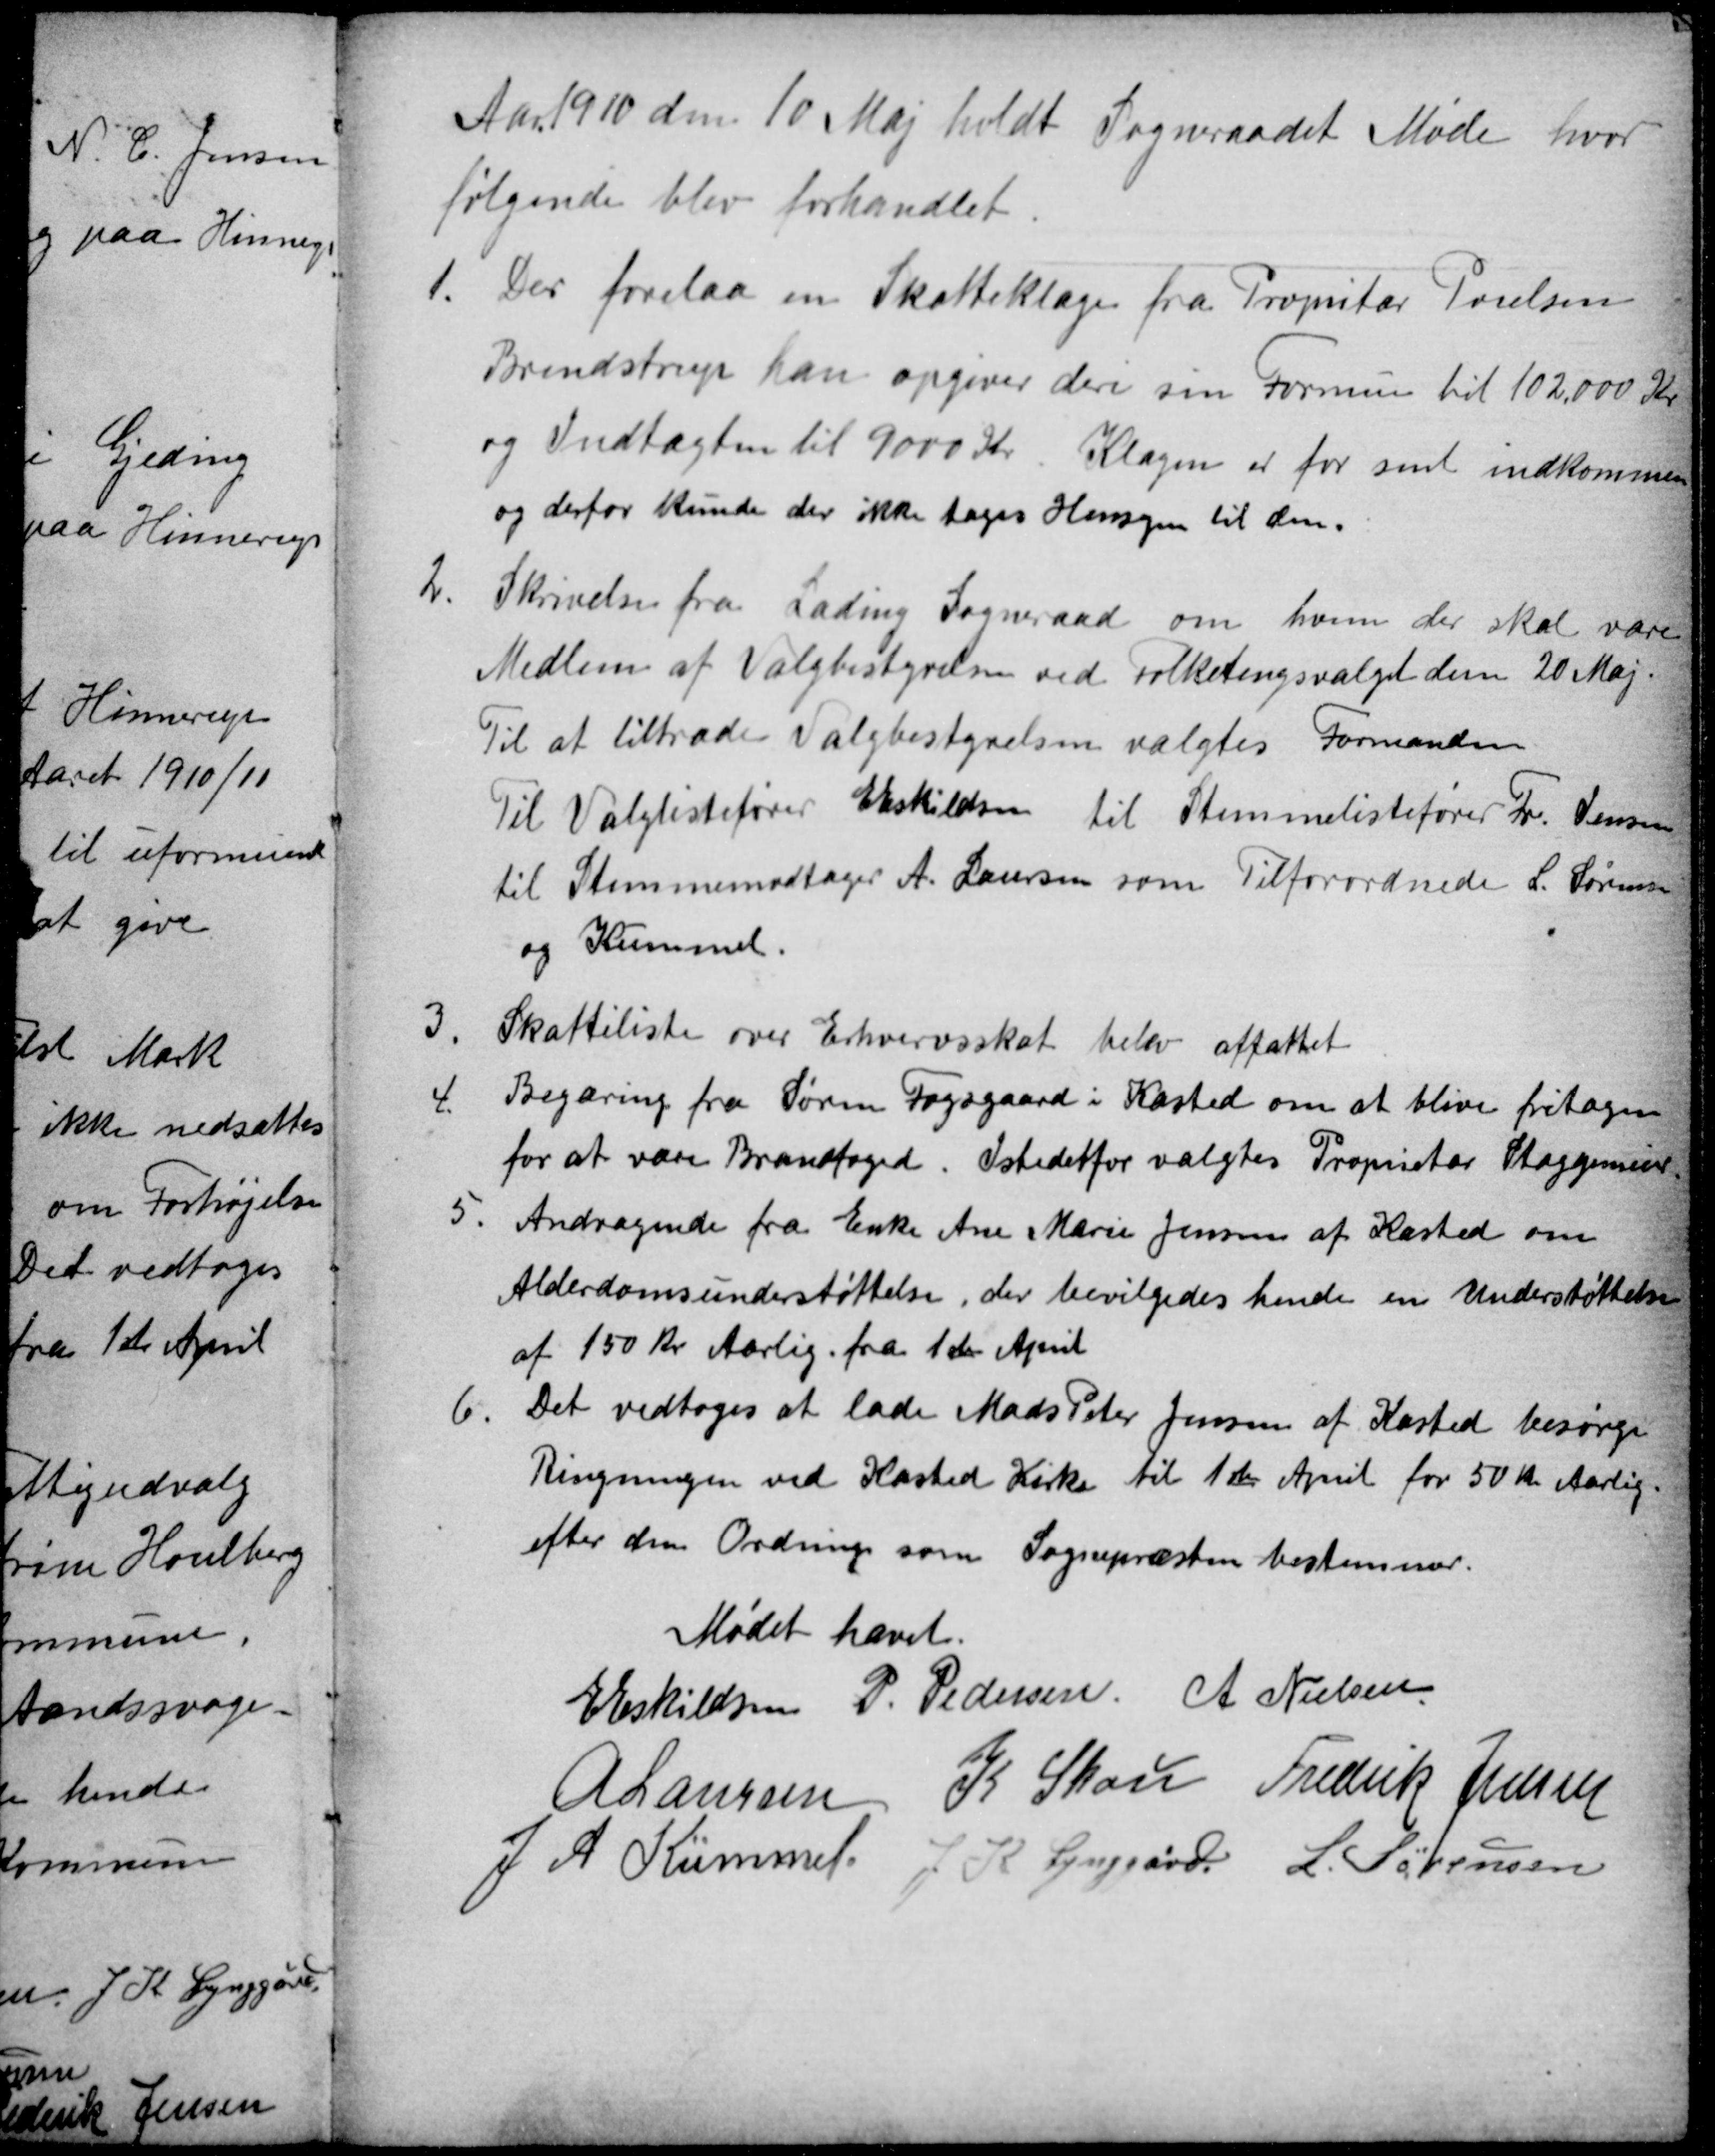
Transskription:
Aar 1910 den 10 Maj holdt Sogneraadet Møde hvor
følgende blev forhandlet.
1.
Der forelaa en Skatteklage fra Propritær Poulsen
Brendstrup han opgiver deri sin Formue til 102.000 Kr
og Indtægten til 9000 Kr. Klagen er for sent indkommen
og derfor kunde der ikke tages Hensyn til den.
2.
Skrivelse fra Lading Sogneraad om hvem der skal være
Medlem af Valgbestyrelsen ved Folketingsvalget den 20 Maj.
Til at tiltræde Valgbestyrelsen valgtes Formanden
Til Valglistefører E Eskildsen til Stemmelistefører Fr. Jensen
til Stemmemodtager A. Laursen som Tilforordnede L. Sørensen
og Kümmel.
3.
Skatteliste over Erhvervsskat blev affattet
4.
Begæring fra Søren Fogsgaard i Kasted om at blive fritagen
for at være Brandfoged. Istedetfor valgtes Proprietær Staggemeier.
5
Andragende fra Enke Ane Marie Jensen af Kasted om
Alderdomsunderstøttelse, der bevilgedes hende en Understøttelse
af 150 Kr Aarlig. fra 1ste April
6.
Det vedtoges at lade Mads Peter Jensen af Kasted besørge
Ringningen ved Kasted Kirke til 1ste April for 50 Kr Aarlig.
efter den Ordning som Sognepræsten bestemmer.
Mødet hævet
E Eskildsen
P. Pedersen
A Nielsen
A Laursen
K Skou Frederik Jensen
J A Kümmel
J K Lynggård
L. Sørensen